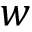
w